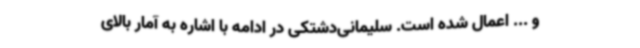
و ... اعمال شده است. سلیمانی‌دشتکی در ادامه با اشاره به آمار بالای